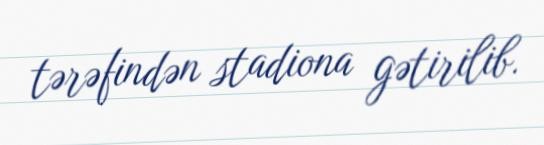
tərəfindən stadiona gətirilib.